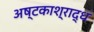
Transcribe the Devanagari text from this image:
अष्टकाश्राद्ध